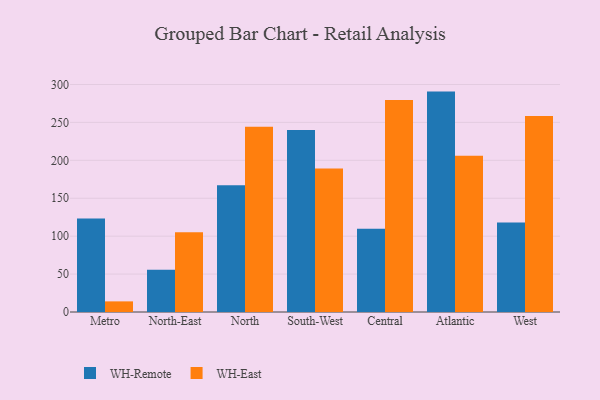
{"axis": {"x": "Region", "y": "Energy Usage (MWh)"}, "legend": ["WH-East", "WH-Remote"], "data": [{"x": "Metro", "y": 123.3, "type": "WH-Remote"}, {"x": "Metro", "y": 14.0, "type": "WH-East"}, {"x": "North-East", "y": 55.6, "type": "WH-Remote"}, {"x": "North-East", "y": 105.3, "type": "WH-East"}, {"x": "North", "y": 167.1, "type": "WH-Remote"}, {"x": "North", "y": 244.3, "type": "WH-East"}, {"x": "South-West", "y": 239.9, "type": "WH-Remote"}, {"x": "South-West", "y": 189.1, "type": "WH-East"}, {"x": "Central", "y": 109.7, "type": "WH-Remote"}, {"x": "Central", "y": 279.5, "type": "WH-East"}, {"x": "Atlantic", "y": 290.6, "type": "WH-Remote"}, {"x": "Atlantic", "y": 206.0, "type": "WH-East"}, {"x": "West", "y": 118.1, "type": "WH-Remote"}, {"x": "West", "y": 258.3, "type": "WH-East"}]}